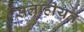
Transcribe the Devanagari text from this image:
सलाहीयत